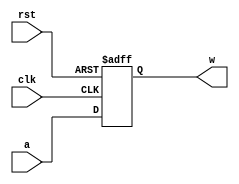
module Reg2bits(clk, rst, a, w);
	input [1:0] a;
	input clk, rst;
	output reg [1:0] w;
	always @(posedge clk, posedge rst)
	begin
		if(rst == 1) w = 2'b0;
		else w <= a;
	end
endmodule